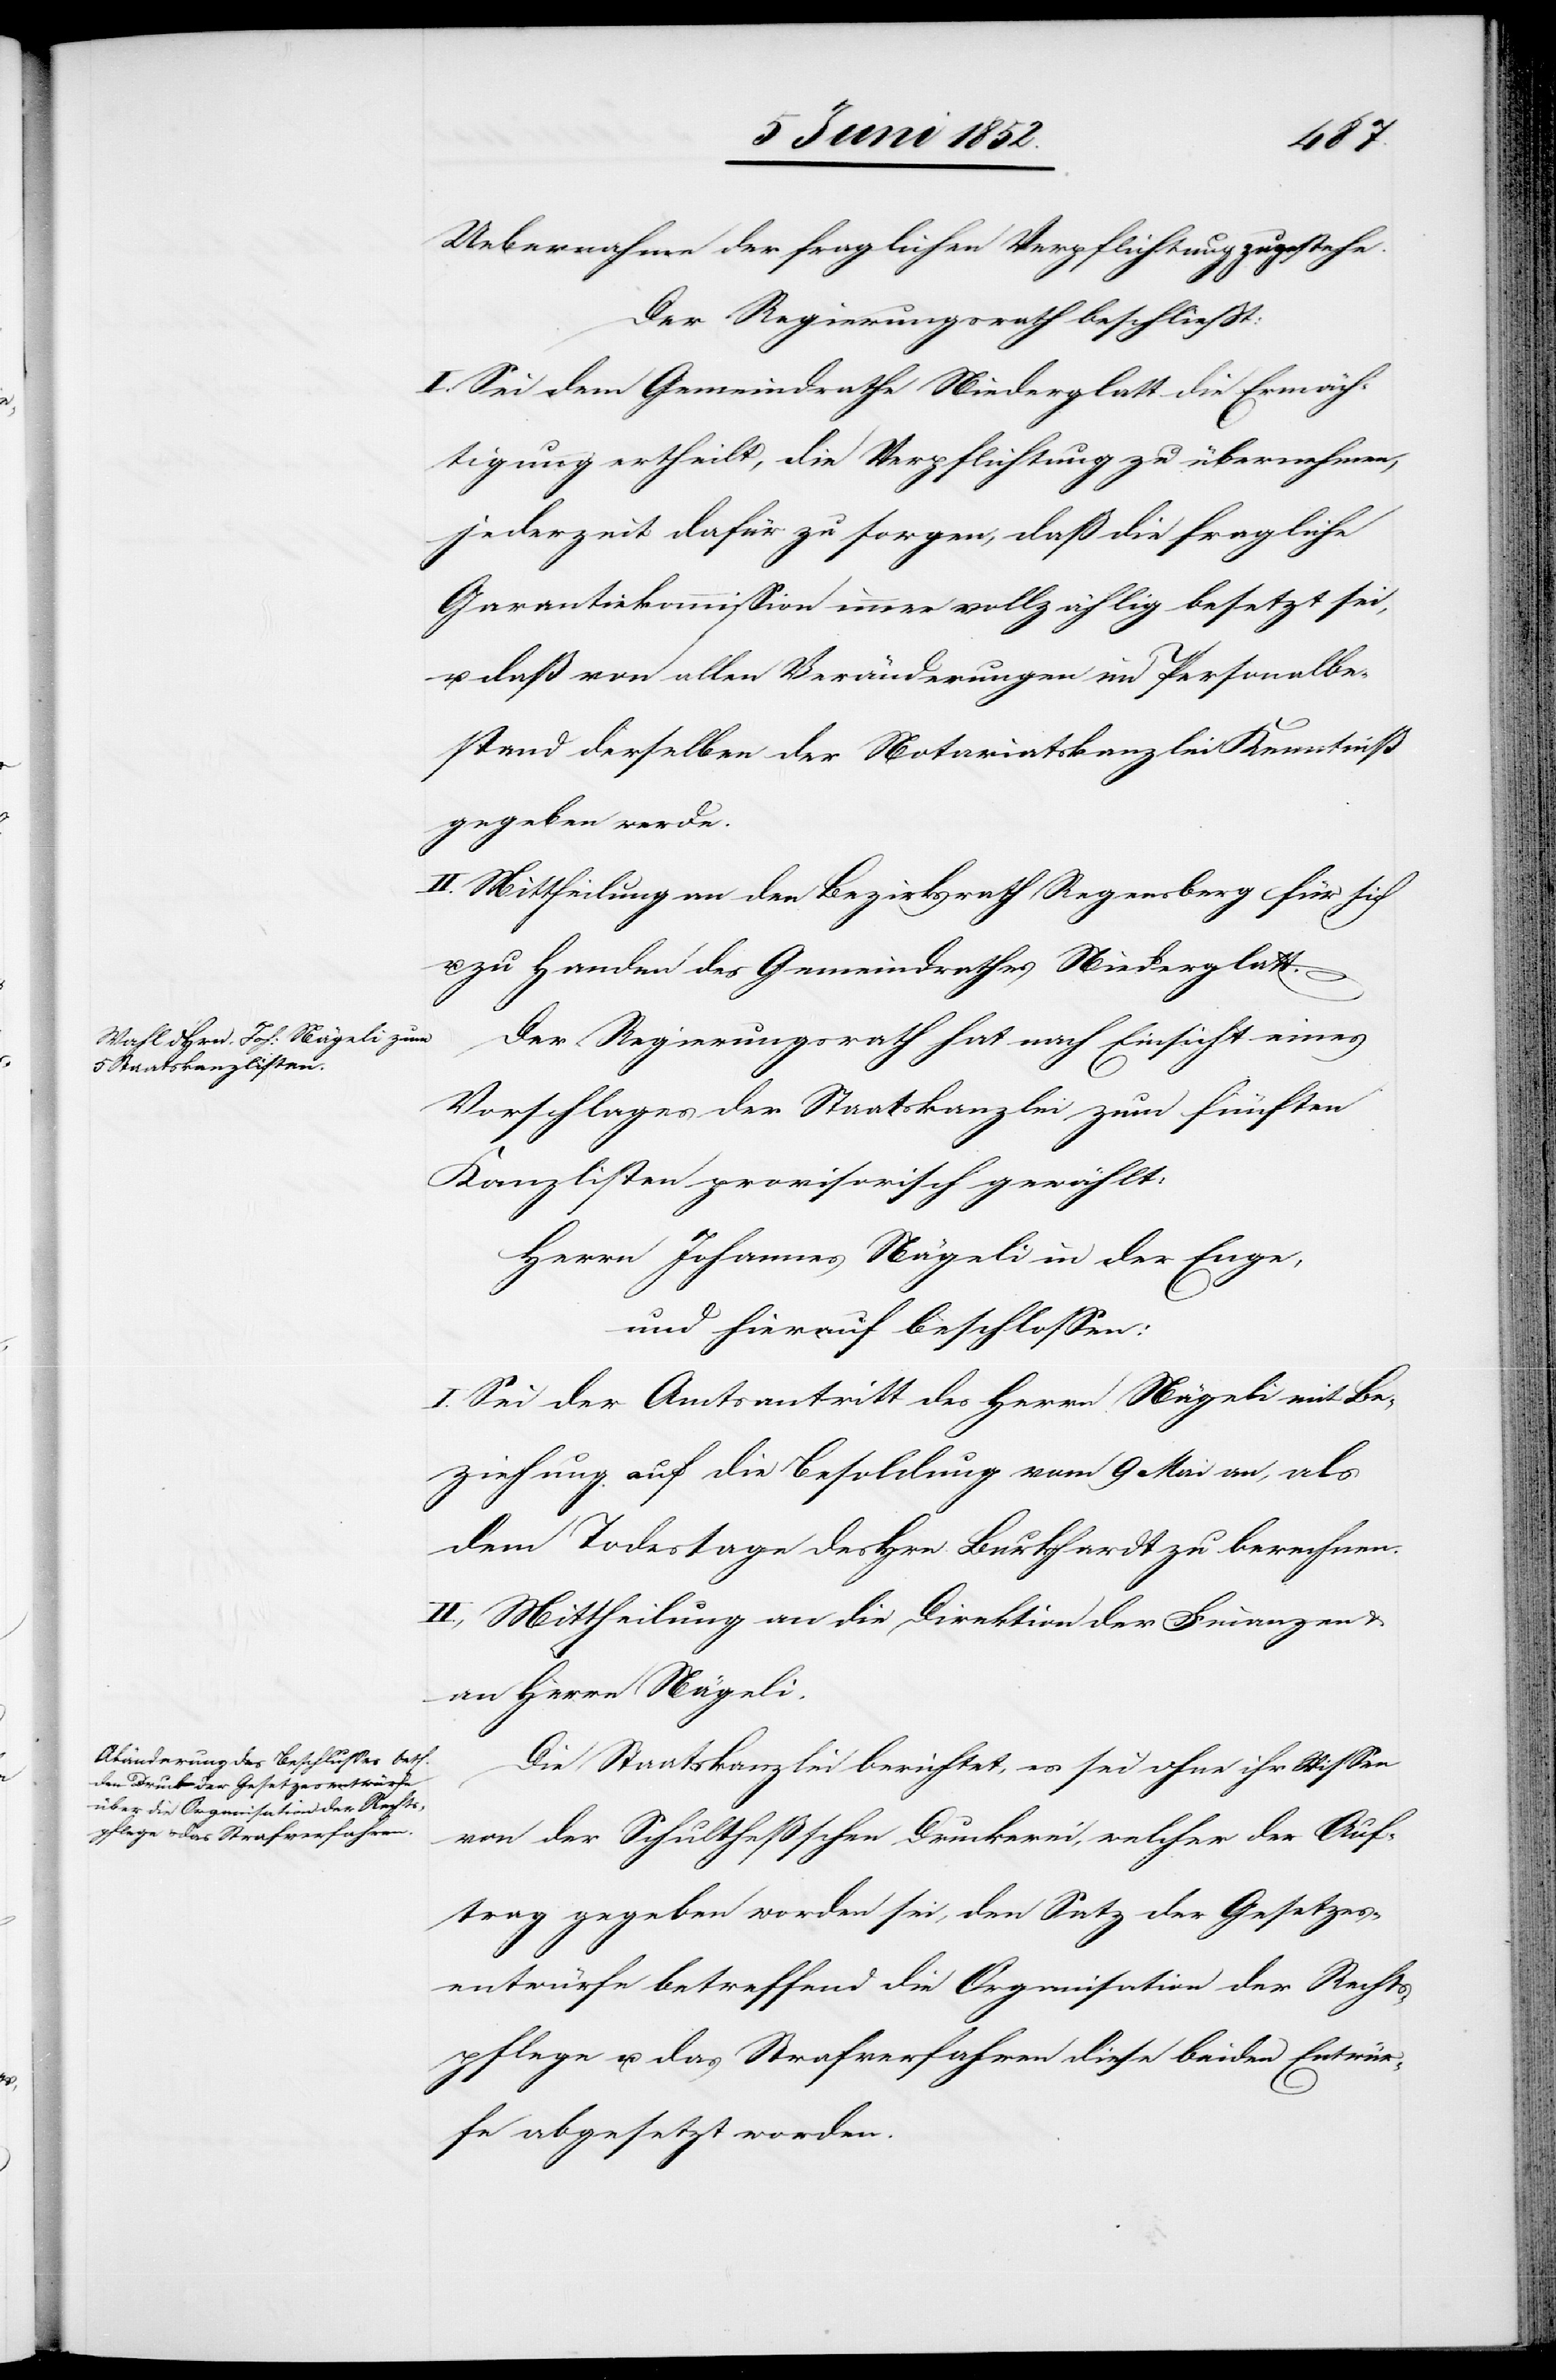
Uebernahme der fraglichen Verpflichtung zugestehe.
Der Regierungsrath beschliesst:
I. Sei dem Gemeindrathe Niederglatt die Ermäch¬
tigung ertheilt, die Verpflichtung zu übernehmen,
jederzeit dafür zu sorgen, daß die fragliche
Garantiekommission immer vollzählig besetzt sei,
u. daß von allen Veränderungen im Personalbe¬
stand derselben der Notariatskanzlei Kenntniß
gegeben werde.
II. Mittheilung an den Bezirksrath Regensberg für sich
u. zu Handen des Gemeindrathes Niederglatt.
Der Regierungsrath hat nach Einsicht eines
Vorschlages der Staatskanzlei zum fünften
Kanzlisten provisorisch gewählt:
Herr Johannes Nägeli in der Enge,
und hierauf beschlossen:
I. Sei der Amtsantritt des Herrn Nägeli mit Be¬
ziehung auf die Besoldung vom 9 Mai an, als
dem Todestage des Hrn. Burkhardt zu berechnen.
II., Mittheilung an die Direktion der Finanzen &
an Herrn Nägeli.
Die Staatskanzlei berichtet, es sei ohne ihr Wissen
von der Schultheßschen Druckerei, welcher der Auf¬
trag gegeben worden sei, den Satz der Gesetzes¬
entwürfe betreffend die Organisation der Rechts¬
pflege u. das Strafverfahren diese beiden Entwür¬
fe abgesetzt worden.